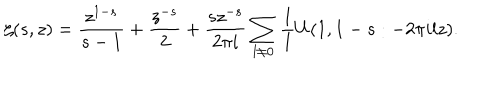
\zeta ( s , z ) = \frac { z ^ { 1 - s } } { s - 1 } + \frac { z ^ { - s } } { 2 } + \frac { s z ^ { - s } } { 2 \pi i } \sum _ { l \ne 0 } \frac 1 l U ( 1 , 1 - s : - 2 \pi i l z ) .